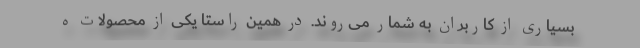
بسیاری از کاربران به شمار می‌روند. در همین راستا یکی از محصولات ه